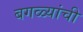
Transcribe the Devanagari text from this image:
बगळ्यांची